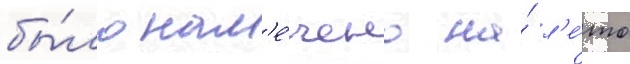
бы́ло нам'е́чено на́ л'е́то